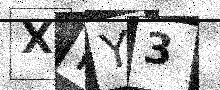
Text: XMY3